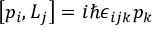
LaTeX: \left[ p _ { i } , L _ { j } \right] = i \hbar \epsilon _ { i j k } p _ { k }